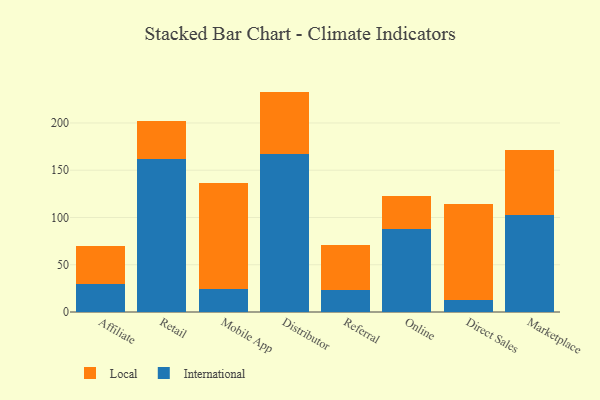
{"axis": {"x": "Channel", "y": "Demand Index"}, "legend": ["International", "Local"], "data": [{"x": "Affiliate", "y": 29.8, "type": "International"}, {"x": "Affiliate", "y": 40.3, "type": "Local"}, {"x": "Retail", "y": 161.6, "type": "International"}, {"x": "Retail", "y": 41.0, "type": "Local"}, {"x": "Mobile App", "y": 24.7, "type": "International"}, {"x": "Mobile App", "y": 111.5, "type": "Local"}, {"x": "Distributor", "y": 167.4, "type": "International"}, {"x": "Distributor", "y": 65.8, "type": "Local"}, {"x": "Referral", "y": 23.4, "type": "International"}, {"x": "Referral", "y": 47.3, "type": "Local"}, {"x": "Online", "y": 87.8, "type": "International"}, {"x": "Online", "y": 34.9, "type": "Local"}, {"x": "Direct Sales", "y": 13.0, "type": "International"}, {"x": "Direct Sales", "y": 101.6, "type": "Local"}, {"x": "Marketplace", "y": 102.9, "type": "International"}, {"x": "Marketplace", "y": 68.0, "type": "Local"}]}